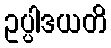
ဥပ္ပါဒယတိ